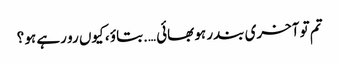
تم تو آخری بندر ہو بھائی ….بتاؤ ، کیوں رو رہے ہو ؟